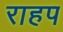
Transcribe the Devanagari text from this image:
राहप